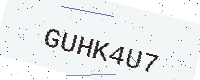
Text: GUHK4U7